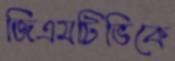
জিএমটিভিকে